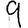
Digit: 9